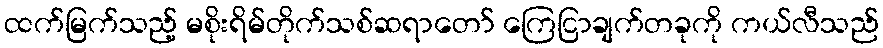
ထက်မြက်သည့် မစိုးရိမ်တိုက်သစ်ဆရာတော် ကြေငြာချက်တခုကို ကယ်လီသည်